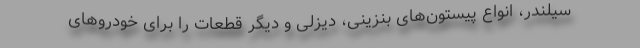
سیلندر، انواع پیستون‌های بنزینی، دیزلی و دیگر قطعات را برای خودروهای